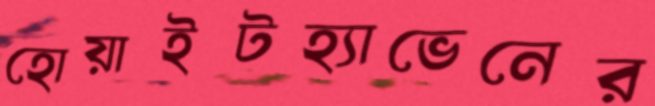
হোয়াইটহ্যাভেনের